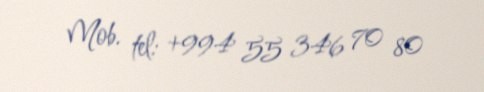
Mob. tel: +994 55 346 70 80